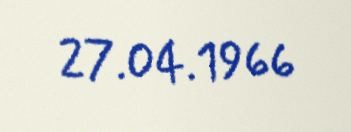
27.04.1966